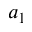
a _ { 1 }